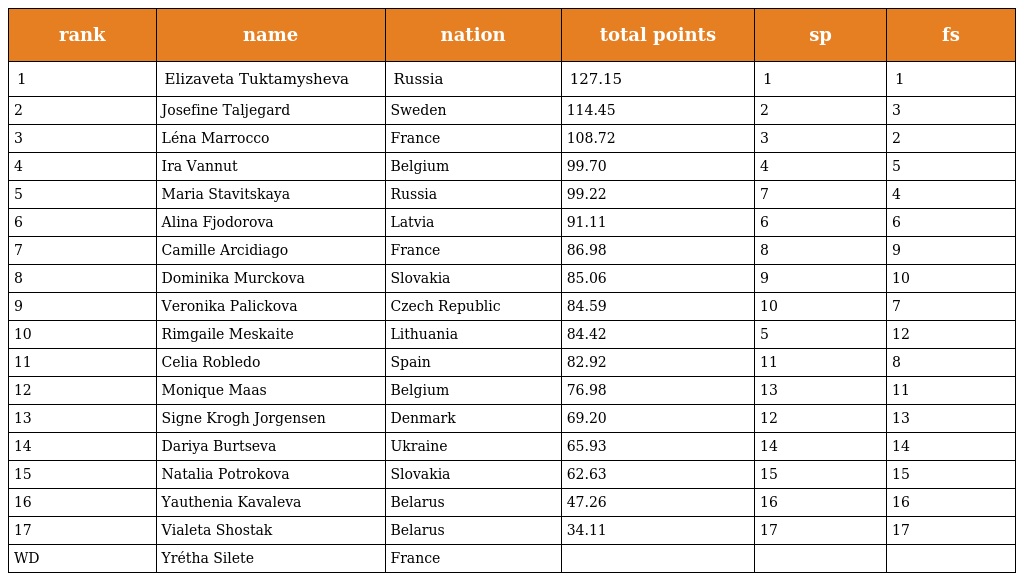
| rank | name | nation | total points | sp | fs |
 | --- | --- | --- | --- | --- | --- |
 | 1 | Elizaveta Tuktamysheva | Russia | 127.15 | 1 | 1 |
 | 2 | Josefine Taljegard | Sweden | 114.45 | 2 | 3 |
 | 3 | Léna Marrocco | France | 108.72 | 3 | 2 |
 | 4 | Ira Vannut | Belgium | 99.70 | 4 | 5 |
 | 5 | Maria Stavitskaya | Russia | 99.22 | 7 | 4 |
 | 6 | Alina Fjodorova | Latvia | 91.11 | 6 | 6 |
 | 7 | Camille Arcidiago | France | 86.98 | 8 | 9 |
 | 8 | Dominika Murckova | Slovakia | 85.06 | 9 | 10 |
 | 9 | Veronika Palickova | Czech Republic | 84.59 | 10 | 7 |
 | 10 | Rimgaile Meskaite | Lithuania | 84.42 | 5 | 12 |
 | 11 | Celia Robledo | Spain | 82.92 | 11 | 8 |
 | 12 | Monique Maas | Belgium | 76.98 | 13 | 11 |
 | 13 | Signe Krogh Jorgensen | Denmark | 69.20 | 12 | 13 |
 | 14 | Dariya Burtseva | Ukraine | 65.93 | 14 | 14 |
 | 15 | Natalia Potrokova | Slovakia | 62.63 | 15 | 15 |
 | 16 | Yauthenia Kavaleva | Belarus | 47.26 | 16 | 16 |
 | 17 | Vialeta Shostak | Belarus | 34.11 | 17 | 17 |
 | WD | Yrétha Silete | France |  |  |  |